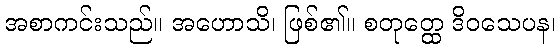
အစာကင်းသည်။ အဟောသိ၊ ဖြစ်၏။ စတုတ္ထေ ဒိဝသေပန၊